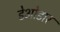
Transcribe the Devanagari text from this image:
डेओडार